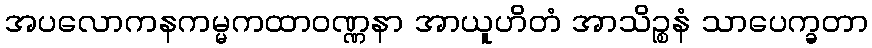
အပလောကနကမ္မကထာဝဏ္ဏနာ အာယူဟိတံ အာသိဉ္စနံ သာပေက္ခတာ